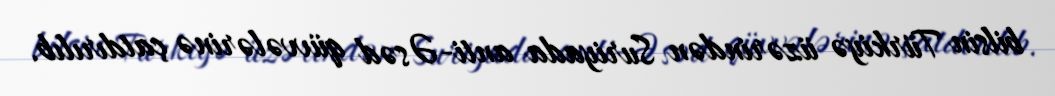
bilsin Türkiyə üzərindən Suriyada anti-Əsəd qüvvələrinə çatdırılıb.